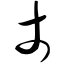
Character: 丈